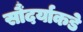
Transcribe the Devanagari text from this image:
सौंदर्याकडे